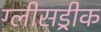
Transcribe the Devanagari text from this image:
ग्लीसड्रीक